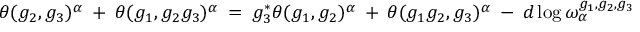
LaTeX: \theta ( g _ { 2 } , g _ { 3 } ) ^ { \alpha } \: + \: \theta ( g _ { 1 } , g _ { 2 } g _ { 3 } ) ^ { \alpha } \: = \: g _ { 3 } ^ { * } \theta ( g _ { 1 } , g _ { 2 } ) ^ { \alpha } \: + \: \theta ( g _ { 1 } g _ { 2 } , g _ { 3 } ) ^ { \alpha } \: - \: d \log \omega _ { \alpha } ^ { g _ { 1 } , g _ { 2 } , g _ { 3 } }